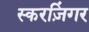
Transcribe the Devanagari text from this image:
स्करज़िंगर